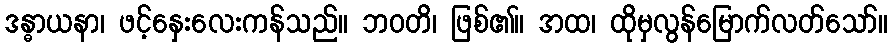
ဒန္ဓာယနာ၊ ဖင့်နှေးလေးကန်သည်။ ဘဝတိ၊ ဖြစ်၏။ အထ၊ ထိုမှလွန်မြောက်လတ်သော်။